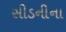
સીડનીના